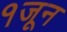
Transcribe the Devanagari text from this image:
१जून